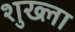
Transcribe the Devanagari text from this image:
शुख्ला